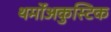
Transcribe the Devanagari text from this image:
थर्मोअकुस्टिक